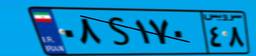
۰۸S۱۷۰۴۸